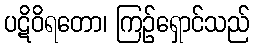
ပဋိဝိရတော၊ ကြဉ်ရှောင်သည်